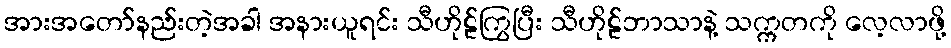
အားအတော်နည်းတဲ့အခါ အနားယူရင်း သီဟိုဠ်ကြွပြီး သီဟိုဠ်ဘာသာနဲ့ သက္ကတကို လေ့လာဖို့